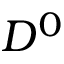
D ^ { 0 }